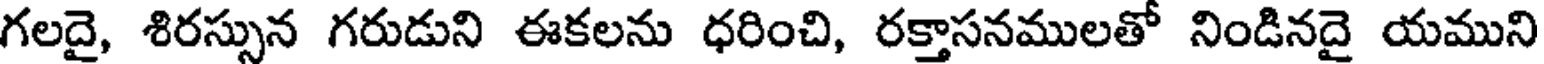
గలదై, శిరస్సున గరుడుని ఈకలను ధరించి, రక్తాసనములతో నిండినదై యముని